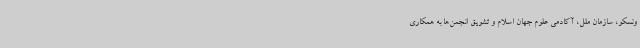
ونسکو، سازمان ملل، آکادمی علوم جهان اسلام و تشویق انجمن‌ها به همکاری